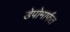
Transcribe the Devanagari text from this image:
डेपोमार्फत